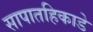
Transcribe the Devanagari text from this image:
सापातहिकाडे